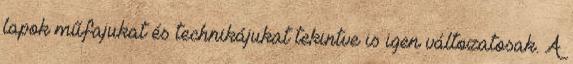
lapok műfajukat és technikájukat tekintve is igen változatosak. A